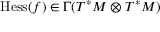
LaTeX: \operatorname { H e s s } ( f ) \in \Gamma ( T ^ { * } M \otimes T ^ { * } M )